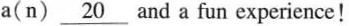
a(n)\underline{20}